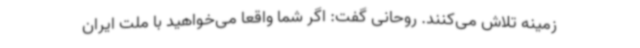
زمینه تلاش می‌کنند. روحانی گفت: اگر شما واقعا می‌خواهید با ملت ایران